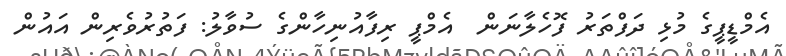
އެމްޑީޕީގެ މުޅި ދަފްތަރު ފޮހެލާނަން  އެމްޕީ ރިފާއުނިހާންގެ ސުވާލު: ފަތުރުވެރިން އައުން